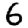
Digit: 6